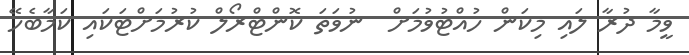
ވީމާ ދުރާ ލައި މިކަން ހުއްޓުވުމަށް  ނުވަތަ ކޮންޓްރޯލް ކުރުމަށްޓަކައި ކަމާބެހޭ